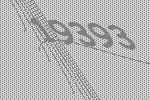
19393